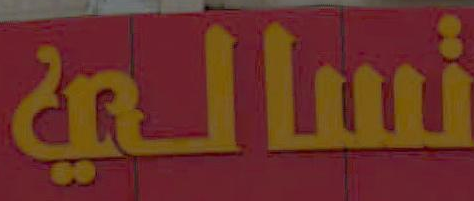
تسالي